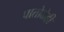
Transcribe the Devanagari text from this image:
पातोळेही